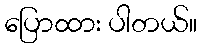
ပြောထား ပါတယ်။